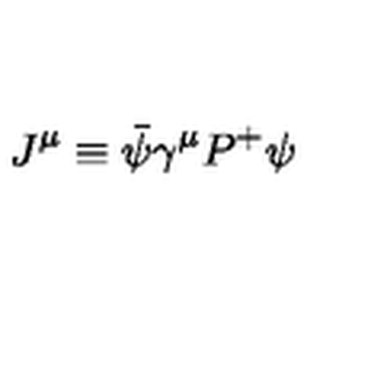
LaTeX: J ^ { \mu } \equiv \bar { \psi } \gamma ^ { \mu } P ^ { + } \psi